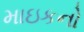
માઇકનો